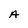
Character: A